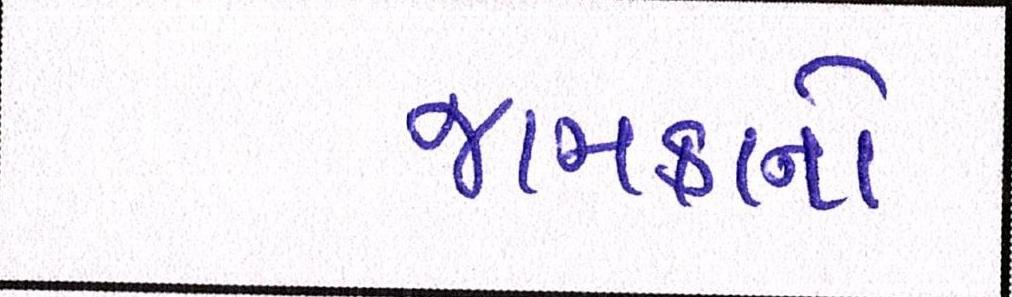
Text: જામકાનો